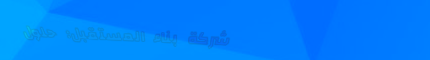
شركة بناء المستقبل: حلول